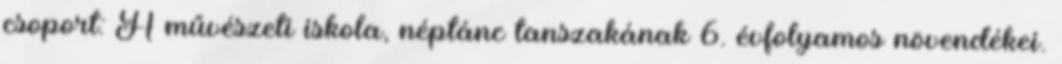
csoport: A művészeti iskola, néptánc tanszakának 6. évfolyamos növendékei.